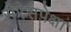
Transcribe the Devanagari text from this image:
सेरेसपेक्षा